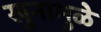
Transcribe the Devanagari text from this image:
खुनामुळे